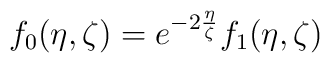
f_{0}(\eta,\zeta)=e^{-2\frac{\eta}{\zeta}} f_{1}(\eta,\zeta)